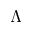
\Lambda